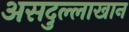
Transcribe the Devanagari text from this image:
असदुल्लाखान